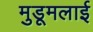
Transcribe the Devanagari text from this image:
मुडूमलाई